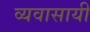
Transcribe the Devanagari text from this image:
व्यवासायी